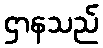
ဌာနသည်